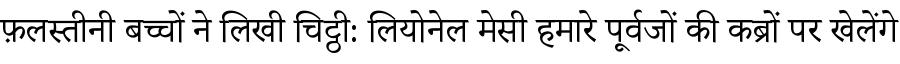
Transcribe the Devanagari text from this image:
फ़लस्तीनी बच्चों ने लिखी चिट्ठी: लियोनेल मेसी हमारे पूर्वजों की कब्रों पर खेलेंगे